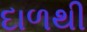
દાળથી